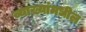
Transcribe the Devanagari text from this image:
व्याख्यांमधील